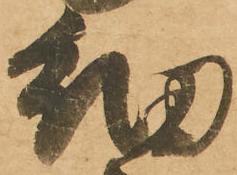
細